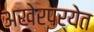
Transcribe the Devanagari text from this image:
अखेरपर्येत